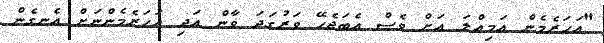
"އަހަރެމެން އަމިއްލަ އަށް ވެސް އެބަޖެހޭ ވަރުގަދަ ވާން އަދި އަހަރެމެންނަށް އެނގެން